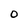
Character: O